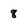
Character: 8